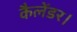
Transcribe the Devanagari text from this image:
कैलेंडर।